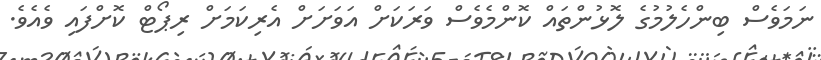
ނަމަވެސް ބިންހެލުމުގެ ލޮޅުންތައް ކޮންމެވެސް ވަރަކަށް އަވަށަށް އެރިކަމަށް ރިޕޯޓް ކޮށްފައި ވެއެވެ.